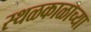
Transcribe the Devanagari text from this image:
स्थळकाळाच्या